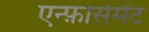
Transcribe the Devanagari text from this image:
एन्फ़ोर्समेंट